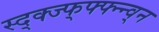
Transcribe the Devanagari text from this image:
स्द्क्ज्फ्फ्फ्न्न्व्न